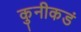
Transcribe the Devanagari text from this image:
कुनीकडं